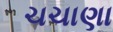
ચચાણા